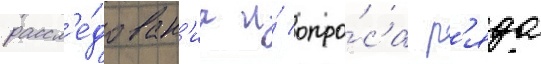
рассл'е́дован'иа и́ опро́са р'яда